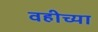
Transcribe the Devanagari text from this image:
वहीच्या